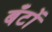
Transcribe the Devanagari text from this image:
बँटों